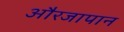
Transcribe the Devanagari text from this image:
औरजापान